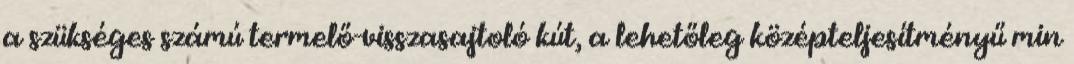
a szükséges számú termelő-visszasajtoló kút, a lehetőleg középteljesítményű min